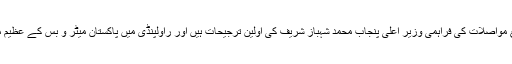
2015ء ) چیئرمین پاکستان میٹر وبس سروس محمد حنیف عباسی نے کہا ہے کہ تعلیم ،صحت اور ذرائع مواصلات کی فراہمی وزیر اعلی پنجاب محمد شہباز شریف کی اولین ترجیحات ہیں اور راولپنڈی میں پاکستان میٹر و بس کے عظیم منصوبے کی تکمیل کے بعد صحت کی سہولیا ت کی فراہمی پر کروڑوں روپے خرچ کیے جارہے ہیں ۔